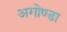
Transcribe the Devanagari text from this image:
अगोण्डा